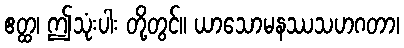
ဧတ္ထ၊ ဤသုံးပါး တို့တွင်။ ယာသောမနဿသဟဂတာ၊